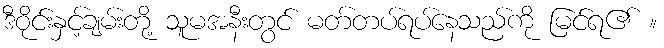
ဒီဝိုင်းနှင့်ချမ်းတို့ သူမအနီးတွင် မတ်တပ်ရပ်နေသည်ကို မြင်ရ၏ ။